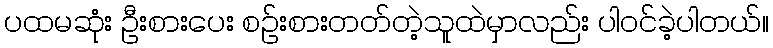
ပထမဆုံး ဦးစားပေး စဉ်းစားတတ်တဲ့သူထဲမှာလည်း ပါဝင်ခဲ့ပါတယ်။